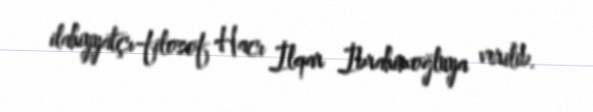
ilahiyyatçı-filosof Hacı İlqar İbrahimoğluya verilib.